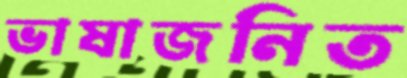
ভাষাজনিত